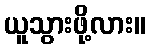
ယူသွားဖို့လား။